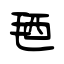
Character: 毢